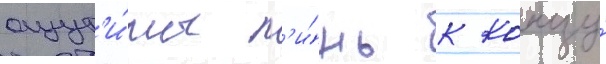
ощут'и́мы л'и́шь к концу́